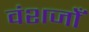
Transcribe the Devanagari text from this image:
वंशजोँ